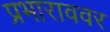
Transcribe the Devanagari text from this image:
प्रभाराववर